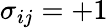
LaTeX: \sigma_{ij}=+1